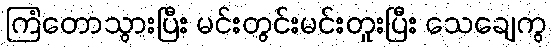
ကြံတောသွားပြီး မင်းတွင်းမင်းတူးပြီး သေချေကွ